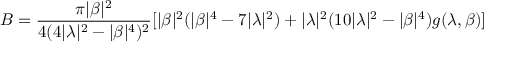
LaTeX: B = \frac { \pi | \beta | ^ { 2 } } { 4 ( 4 | \lambda | ^ { 2 } - | \beta | ^ { 4 } ) ^ { 2 } } [ | \beta | ^ { 2 } ( | \beta | ^ { 4 } - 7 | \lambda | ^ { 2 } ) + | \lambda | ^ { 2 } ( 1 0 | \lambda | ^ { 2 } - | \beta | ^ { 4 } ) g ( \lambda , \beta ) ]